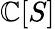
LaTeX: \mathbb{C}[S]